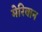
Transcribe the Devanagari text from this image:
मेरिवान